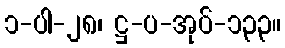
၁-ပါ-၂၈၊ ဋ္ဌ-ပ-အုပ်-၁၃၃။